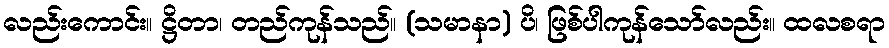
လည်းကောင်း။ ဋ္ဌိတာ၊ တည်ကုန်သည်။ (သမာနာ) ပိ၊ ဖြစ်ပါကုန်သော်လည်း။ ထလစရာ